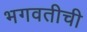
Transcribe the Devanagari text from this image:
भगवतीची